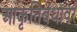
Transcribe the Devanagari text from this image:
आकृतिबंधावर